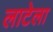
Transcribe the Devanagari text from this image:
लाटेला